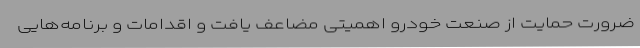
ضرورت حمایت از صنعت خودرو اهمیتی مضاعف یافت و اقدامات و برنامه‌هایی